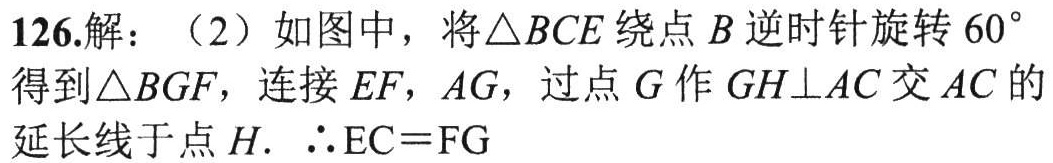
126.解：（2）如图中，将\(\triangle BCE\)绕点\(B\)逆时针旋转\(60^{\circ}\)得到\(\triangle BGF\)，连接\(EF\)，\(AG\)，过点\(G\)作\(GH\bot AC\)交\(AC\)的延长线于点\(H\). \(\therefore EC = FG\)